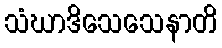
သံဃာဒိသေသေနာတိ